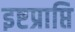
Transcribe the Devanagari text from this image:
इष्टप्राप्ति